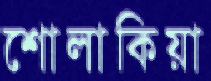
শোলাকিয়া